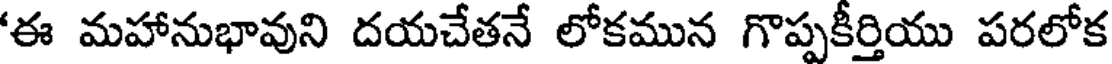
'ఈ మహానుభావుని దయచేతనే లోకమున గొప్పకీర్తియు పరలోక